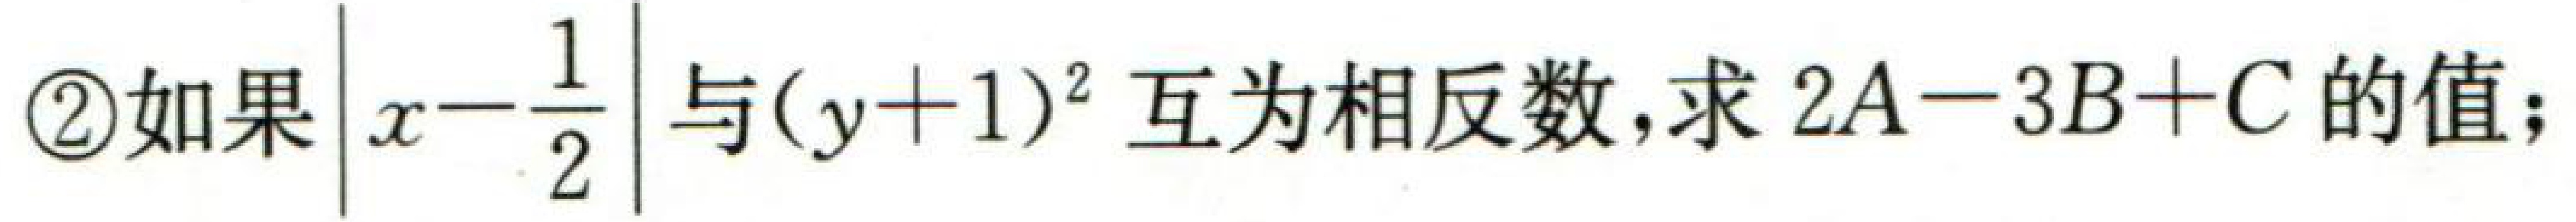
\textcircled{2}如果$\left|x - \dfrac{1}{2}\right|$与$(y + 1)^{2}$互为相反数,求$2A - 3B + C$的值;